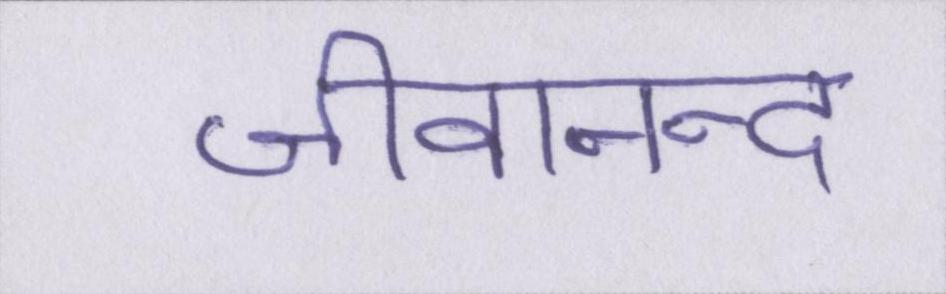
जीवानन्द